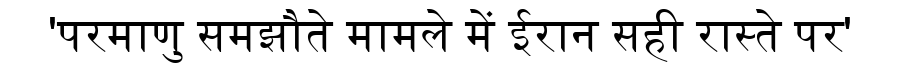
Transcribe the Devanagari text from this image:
'परमाणु समझौते मामले में ईरान सही रास्ते पर'